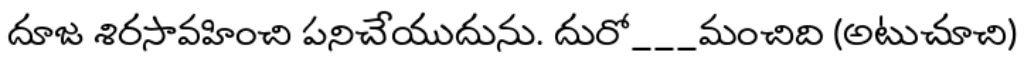
దూజ శిరసావహించి పనిచేయుదును. దురో___మంచిది (అటుచూచి)